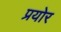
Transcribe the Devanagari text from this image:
प्रयोर